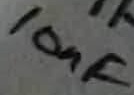
Text: 10nF